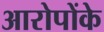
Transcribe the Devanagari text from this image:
आरोपोंके